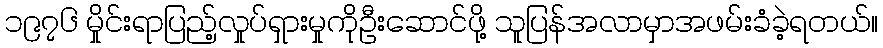
၁၉၇၆ မှိုင်းရာပြည့်လှုပ်ရှားမှုကိုဦးဆောင်ဖို့ သူပြန်အလာမှာအဖမ်းခံခဲ့ရတယ်။